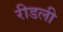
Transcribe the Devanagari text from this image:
रीडली